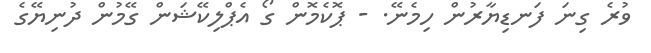
ވުރެ ގިނަ ފަނޑިޔާރުން ހިމެނޭ. - ޕޮކެމޮން ގޯ އެޕްލިކޭޝަން ގޭމުން ދުނިޔޭގެ